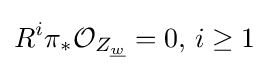
R^{i}\pi _{*}{\mathcal {O}}_{Z_{\underline {w}}}=0,\,i\geq 1